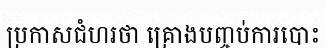
ប្រកាសជំហរថា គ្រោងបញ្ចប់ការបោះ